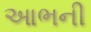
આભની